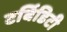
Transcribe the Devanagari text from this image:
टर्बिडिटी